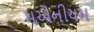
મએનીયમ